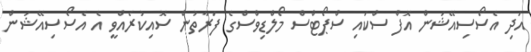
އަދި އެސޯސިއޭޝަން އޮފް ސްކައި ސްޕޯޓްސް މޯލްޑިވްސްގެ ފަރާތުން ސޮއިކުރެއްވީ އެ އެސޯސިއޭޝަން